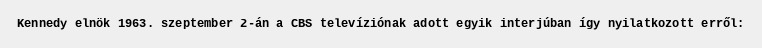
Kennedy elnök 1963. szeptember 2-án a CBS televíziónak adott egyik interjúban így nyilatkozott erről: